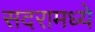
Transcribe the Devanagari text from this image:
सदरामध्ये